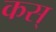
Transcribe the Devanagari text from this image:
कस्